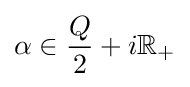
\alpha \in {\frac {Q}{2}}+i\mathbb {R} _{+}